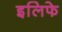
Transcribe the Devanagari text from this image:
इलिफे